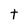
Character: t